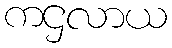
ကဌလာယ